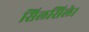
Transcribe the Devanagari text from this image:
सिलसिले।